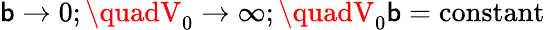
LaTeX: \mathsf{b}\to0;\quadV_{0}\to\infty;\quadV_{0}\mathsf{b}=\mathrm{{constant}}